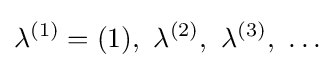
\lambda ^{(1)}=(1),~\lambda ^{(2)},~\lambda ^{(3)},~\ldots